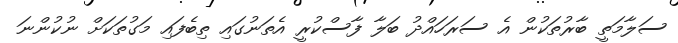
ސަލާމަތީ ބާރުތަކުން އެ ސަރަހައްދު ބަލާ ފާސްކުރީ އެތަނުގައި ތިބެފައި މަގުތަކަށް ނުކުންނަ